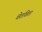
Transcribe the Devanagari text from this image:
चेतविता